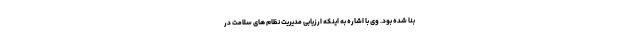
بنا شده بود. وی با اشاره به اینکه ارزیابی مدیریت نظام های سلامت در